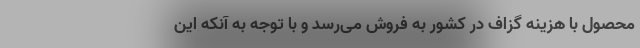
محصول با هزینه گزاف در کشور به فروش می‌رسد و با توجه به آنکه این